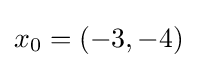
x_{0}=(-3,-4)